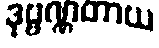
ဒုဗ္ဗဏ္ဏတာယ